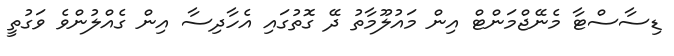
ޑިސާސްޓާ މެނޭޖްމަންޓް އިން މައުލޫމާތު ދޭ ގޮތުގައި އެހާދިސާ އިން ގެއްލުންވެ ވަގުތީ